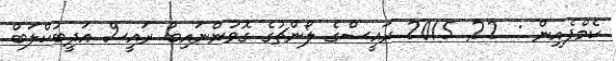
ކެމްޕެއިން :  22